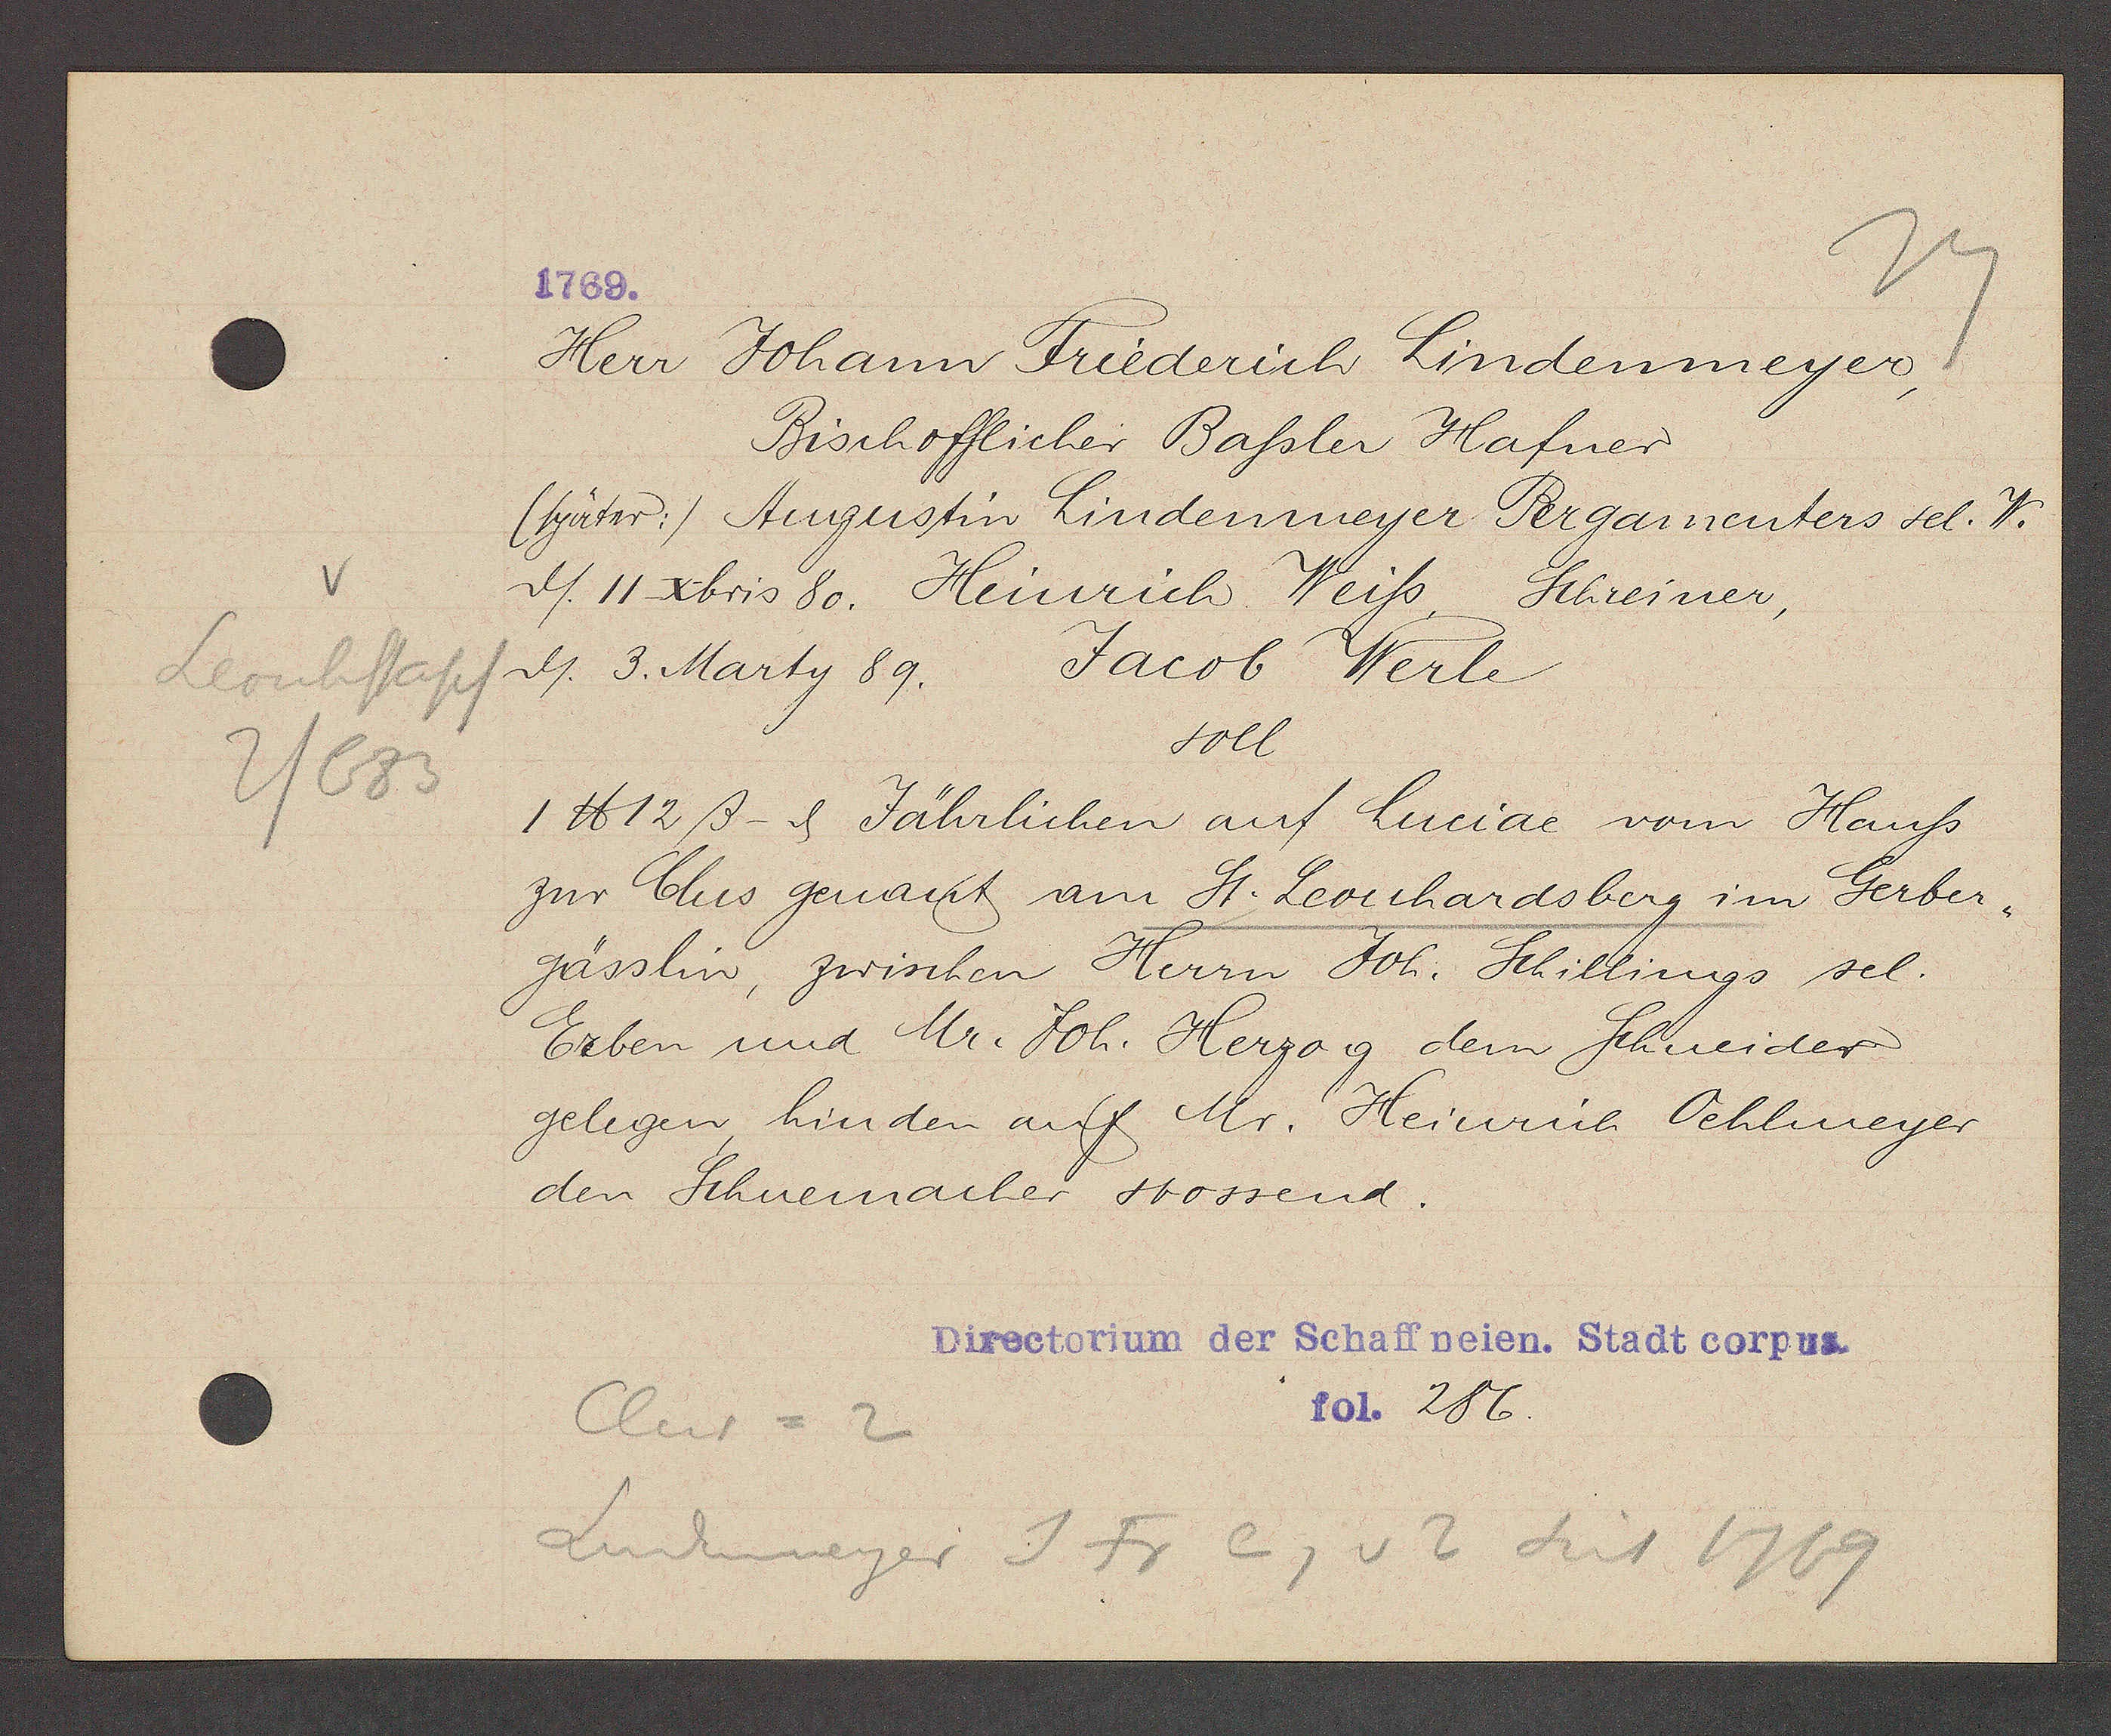
Transcript:
V
Leonhstapf
2/683

1769.

Herr Johann Friederich Lindenmeyer,
Bischofflicher Bassler Hafner
(später:) Augustin Lindenmeyer Pergamenters sel. W.
 ds. II xbris 80. Heinrich Weiss Schreiner,
Jacob Werle
 ds. 3. Marty 89.
soll
1 ℔ 12 ß- ȡ Jährlichen auf Luciae vom Hauss
zur Clus genant am St. Leonhardsberg im Gerber¬
gässlin, zwischen Herrn Joh. Schillings sel.
Erben und Mr. Joh. Herzog dem Schneider
gelegen hinden auf Mr. Heinrich Oehlmeyer
den Schuemacher stossend.

Diretorium der Schaffneien. Stadt corpus.
fol. 286.

Clus = 2
Lindenmeyer J Fr eig v 2 seit 1769